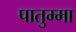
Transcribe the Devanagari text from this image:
पातुम्मा